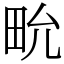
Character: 㽙